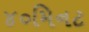
૪૦મિનટ